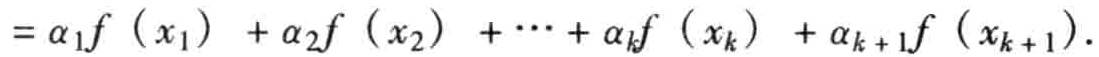
\(= \alpha_1 f\left(x_1\right)+\alpha_2 f\left(x_2\right)+\cdots+\alpha_k f\left(x_k\right)+\alpha_{k + 1} f\left(x_{k + 1}\right).\)